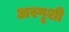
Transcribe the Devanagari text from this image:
अस्पृशी